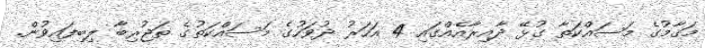
މަޤާމުގެ މަސައްކަތާ ގުޅޭ ދާއިރާއެއްގައި 4 އަހަރު ދުވަހުގެ މަސައްކަތުގެ ތަޖުރިބާ ލިބިފައިވުން.